Reports on military cantonments and civil stations in the Presidency of Bombay inspected by the Sanitary Commissioner in the years 1875 and 1876
Year: 1875
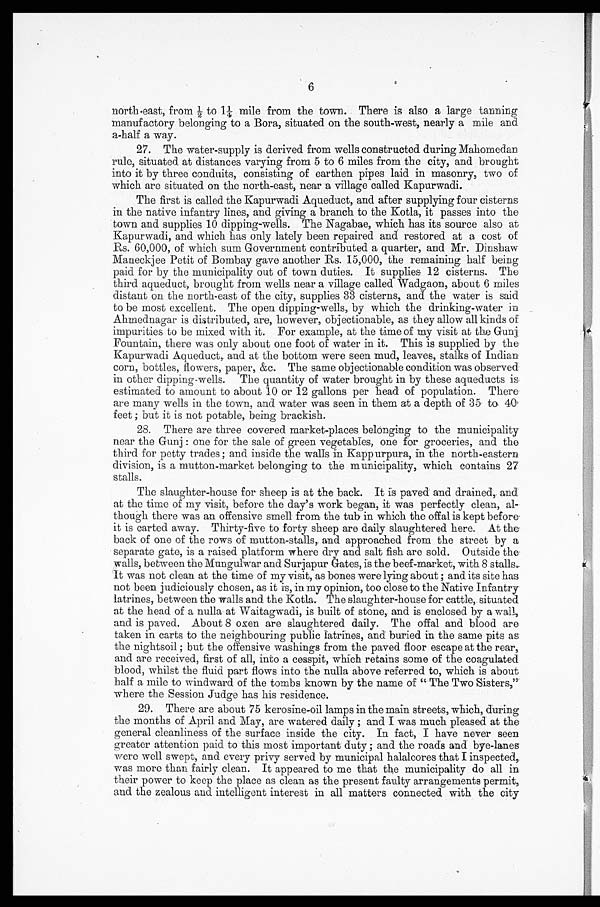
6
nor t h- e a s t , f r om 1/ 2 t o 11/ 4 mi l e f r om t he t own. The r e i s a l s o a l a r ge t a mi ng
manufactory belonging to a Bora, situated on the south-west, nearly a mile and
a-half a way.
27. The water-supply is derived from wells constructed during. Mahomedan
rule, situated at distances varying from 5 to 6 miles from the city, and brought
into it by three conduits, consisting of earthen pipes laid in masonry, two of
which are situated on the north-east, near a village called Kapurwadi.
The first is called the Kapurwadi Aqueduct, and after supplying four cisterns
in the native infantry lines, and giving a branch to the Kotla, it passes into the
town and supplies 10 dipping-wells. The Nagabae, which has its source also at
Kapurwadi, and which has only lately been repaired and restored at a cost of
Rs. 60,000, of which sum Government contributed a quarter, and Mr. Dinshaw
Maneckjee Petit of Bombay gave another Rs. 15,000, the remaining half being
paid for by the municipality out of town duties. It supplies 12 cisterns. The
third aqueduct, brought from wells near a village called Wadgaon, about 6 miles
distant on the north-east of the city, supplies 33 cisterns, and the water is said
to be most excellent. The open dipping-wells, by which the drinking-water in
Ahmednagar is distributed, are, however, objectionable, as they allow all kinds of
impurities to be mixed with it. For example, at the time of my visit at the Gunj
Fountain, there was only about one foot of water in it. This is supplied by the
Kapurwadi Aqueduct, and at the bottom were seen mud, leaves, stalks of Indian
corn, bottles, flowers, paper, &c. The same objectionable condition was observed
in other dipping-wells. The quantity of water brought in by these aqueducts is
estimated to amount to about 10 or 12 gallons per head of population. There
are many wells in the town, and water was seen in them at a depth of 35 to. 40
feet; but it is not potable, being brackish.
28. There are three covered market-places belonging to the municipality
near the Gunj: one for the sale of green vegetables, one for groceries, and the
third for petty trades; and inside the walls in Kappurpura, in the north-eastern
division, is a mutton-market belonging to the municipality, which contains 27
stalls.
The slaughter-house for sheep is at the back. It is paved and drained, and
at the time of my visit, before the day's work began, it was perfectly clean, al-
though there was an offensive smell from the tub in which the offal is kept before
it is carted away. Thirty-five to forty sheep are daily slaughtered here. At the
back of one of the rows of mutton-stalls, and approached from the street by a
separate gate, is a raised platform where dry and salt fish are sold. Outside the
walls, between the Mungulwar and Surjapur Gates, is the beef-market, with 8 stalls.
It was not clean at the time of my visit, as bones were lying about; and its site has
not been judiciously chosen, as it is, in my opinion, too close to the Native Infantry
latrines, between the walls and the Kotla. The slaughter-house for cattle, situated
at the head of a nulla at Waitagwadi, is built of stone, and is enclosed by a wall,
and is paved. About 8 oxen are slaughtered daily. The offal and blood are
taken in carts to the neighbouring public latrines, and buried in the same pits as
the nightsoil; but the offensive washings from the paved floor escape at the rear,
and are received, first of all, into a cesspit, which retains some of the coagulated
blood, whilst the fluid part flows into the nulla above referred to, which is about
half a mile to windward of the tombs known by the name of "The Two Sisters,"
where the Session Judge has his residence.
29. There are about 75 kerosine-oil lamps in the main streets, which, during
the months of April and May, are watered daily; and I was much pleased at the
general cleanliness of the surface inside the city. In fact, I have never seen
greater attention paid to this most important duty; and the roads and bye-lanes
were well swept, and every privy served by municipal halalcores that I inspected,
was more than fairly clean. It appeared to me that the municipality do all in
their power to keep the place as clean as the present faulty arrangements permit,
and the zealous and intelligent interest in all matters connected with the city